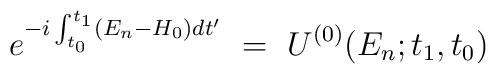
e^{-i \int_{t_0}^{t_1} (E_n-H_0)dt'} ~=~ U^{(0)}(E_n;t_1,t_0)